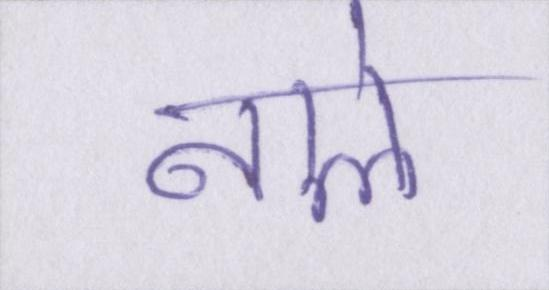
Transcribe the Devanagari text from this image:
नाले